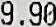
9.90